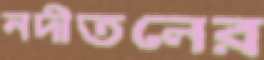
নদীতলের